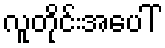
လူတိုင်းအပေါ်